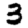
Digit: 3